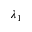
\lambda _ { 1 }